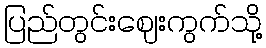
ပြည်တွင်းဈေးကွက်သို့